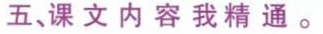
五、课文内容我精通。